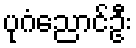
ပုဂံညောင်ဦး